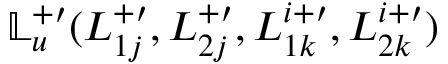
\mathbb { L } _ { u } ^ { + \prime } ( L _ { 1 j } ^ { + \prime } , L _ { 2 j } ^ { + \prime } , L _ { 1 k } ^ { i + \prime } , L _ { 2 k } ^ { i + \prime } )